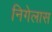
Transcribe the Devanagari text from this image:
निगेलास